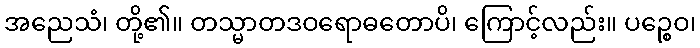
အညေသံ၊ တို့၏။ တသ္မာတဒဝရောဓတောပိ၊ ကြောင့်လည်း။ ပဉ္စေဝ၊